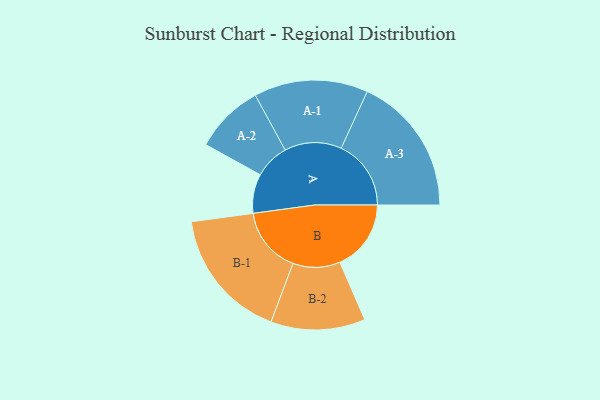
{"axis": {"x": "Segment", "y": "Value"}, "legend": ["", "A", "B"], "data": [{"x": "A", "y": 152, "type": ""}, {"x": "B", "y": 276, "type": ""}, {"x": "A-1", "y": 221, "type": "A"}, {"x": "A-2", "y": 135, "type": "A"}, {"x": "A-3", "y": 271, "type": "A"}, {"x": "B-1", "y": 256, "type": "B"}, {"x": "B-2", "y": 183, "type": "B"}]}